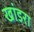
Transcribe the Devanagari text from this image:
खांडरा